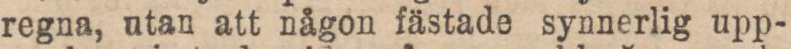
regna, utan att någon fästade synnerlig upp-